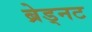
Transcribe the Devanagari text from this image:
ब्रेड्नट